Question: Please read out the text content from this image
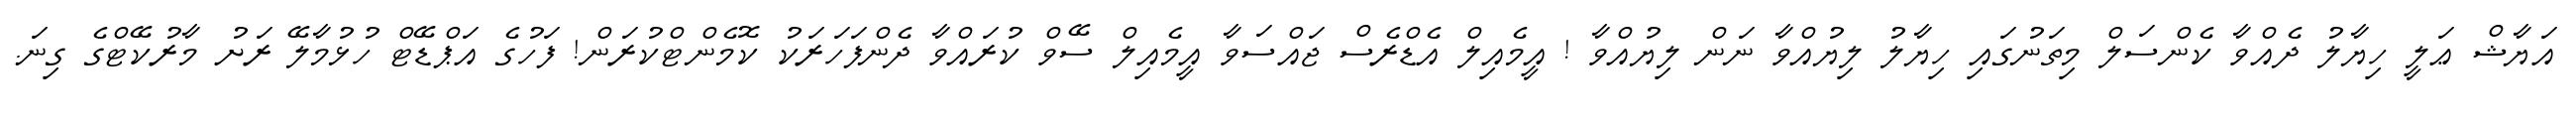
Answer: އަޔާޝް ޢަލީ ހިޔާލު ދެއްވާ ކެންސަލް މިތަނުގައި ހިޔާލު ލިޔުއްވާ ނަން ލިޔުއްވާ ! އީމެއިލް އެޑްރެސް ޖައްސަވާ އީމެއިލް ސޭވް ކުރައްވާ ދެންފަހަރަކު ކޮމެންޓްކުރަން! ފަހުގެ އަޕްޑޭޓް ހުޅުމާލޭ ރަށު މާރުކޭޓްގެ ގިނަ.